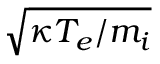
\sqrt { \kappa T _ { e } / m _ { i } }